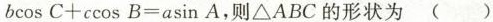
bcos C+ccos B=asin A，则△ABC的形状为( )